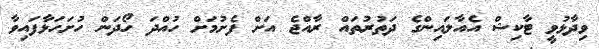
ވިދާޅުވީ ޓާކިޝް އެއާލައިންގެ ދަތުރުތައް ރާއްޖެ އަށް ފެށުމަށް ހުއްދަ ހޯދަން ހުށަހަޅާފައިވާ